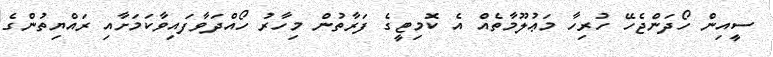
ސީއިން ހޯދަންޖެހޭ ހުރިހާ މަޢުލޫމާތެއް އެ ކޮމިޓީގެ ފަރާތުން މިހާރު ހޯއްދަވާފައިވާކަމަށާއި ރައްޔިތުންގެ